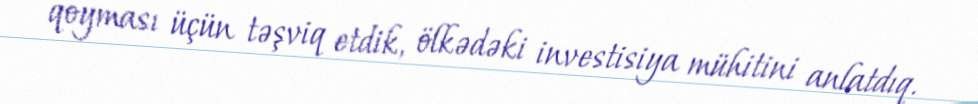
qoyması üçün təşviq etdik, ölkədəki investisiya mühitini anlatdıq.